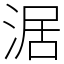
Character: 涺